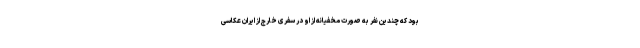
بود که چندین نفر به صورت مخفیانه از او در سفری خارج از ایران عکاسی